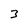
Character: 3